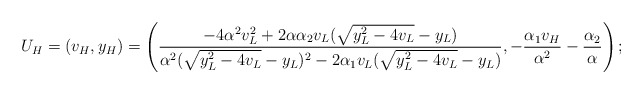
\begin{align*}U_H=(v_H,y_H)=\left(\frac{-4\alpha^2 v_L^2+2\alpha \alpha_2 v_L(\sqrt{y_L^2-4v_L}-y_L)}{\alpha^2(\sqrt{y_L^2-4v_L}-y_L)^2-2\alpha_1 v_L(\sqrt{y_L^2-4v_L}-y_L)}, -\frac{\alpha_1v_H}{\alpha^2}-\frac{\alpha_2}{\alpha} \right);\end{align*}